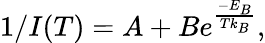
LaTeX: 1/I(T)=A+Be^{\frac{-E_{B}}{Tk_{B}}},